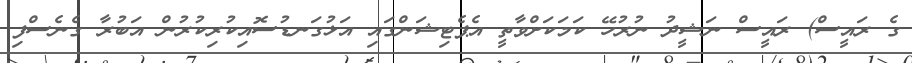
ގެ ރައީސް) ރައީސް ނަޝީދު ނުރުހޭ ކަމަކަށްވާތީ އެޕެޓިޝަންގައި އަޅުގަނޑުސޮއިކުރިކުރުން އަބުރާ ގެނެސްފި